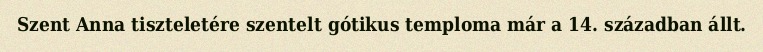
Szent Anna tiszteletére szentelt gótikus temploma már a 14. században állt.